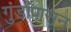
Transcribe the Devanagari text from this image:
गुंडांपासून